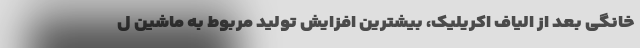
خانگی بعد از الیاف اکریلیک، بیشترین افزایش تولید مربوط به ماشین ل